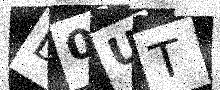
Text: D0UT